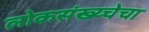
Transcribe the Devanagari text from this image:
लोकसंख्य्चेचा